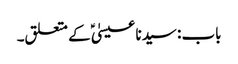
باب : سیدنا عیسیٰؑ کے متعلق۔